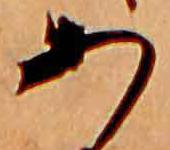
あ